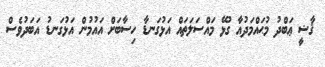
ޤާޟީ ޢަބްދު މުޙައްމަދުއާ ގުޅޭ މައްސަލަތައް އަޅުގަނޑާ ހިސާބަށް އައުމުން އަޅުގަނޑު އަބަދުވެސް